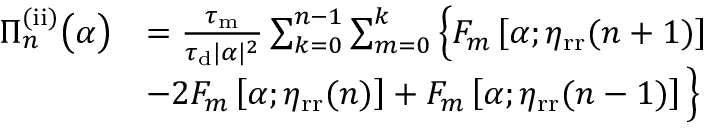
\begin{array} { r l } { \Pi _ { n } ^ { \mathrm { ( i i ) } } \big ( \alpha \big ) } & { = \frac { \tau _ { \mathrm { m } } } { \tau _ { \mathrm { d } } | \alpha | ^ { 2 } } \sum _ { k = 0 } ^ { n - 1 } \sum _ { m = 0 } ^ { k } \Big \{ F _ { m } \left[ \alpha ; \eta _ { \mathrm { r r } } ( n + 1 ) \right] } \\ & { - 2 F _ { m } \left[ \alpha ; \eta _ { \mathrm { r r } } ( n ) \right] + F _ { m } \left[ \alpha ; \eta _ { \mathrm { r r } } ( n - 1 ) \right] \Big \} } \end{array}